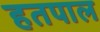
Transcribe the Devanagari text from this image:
हतपाल